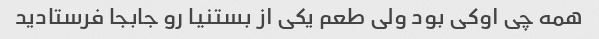
همه چی اوکی بود ولی طعم یکی از بستنیا رو جابجا فرستادید